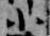
小